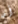
أن